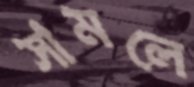
সামলে